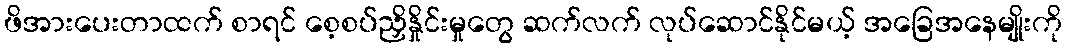
ဖိအားပေးတာထက် စာရင် စေ့စပ်ညှိနှိုင်းမှုတွေ ဆက်လက် လုပ်ဆောင်နိုင်မယ့် အခြေအနေမျိုးကို